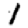
Digit: 1